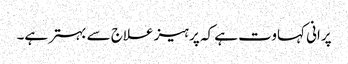
پرانی کہاوت ہے کہ پرہیز علاج سے بہتر ہے۔